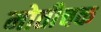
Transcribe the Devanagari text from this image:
मोतीचक